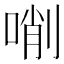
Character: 𠸑